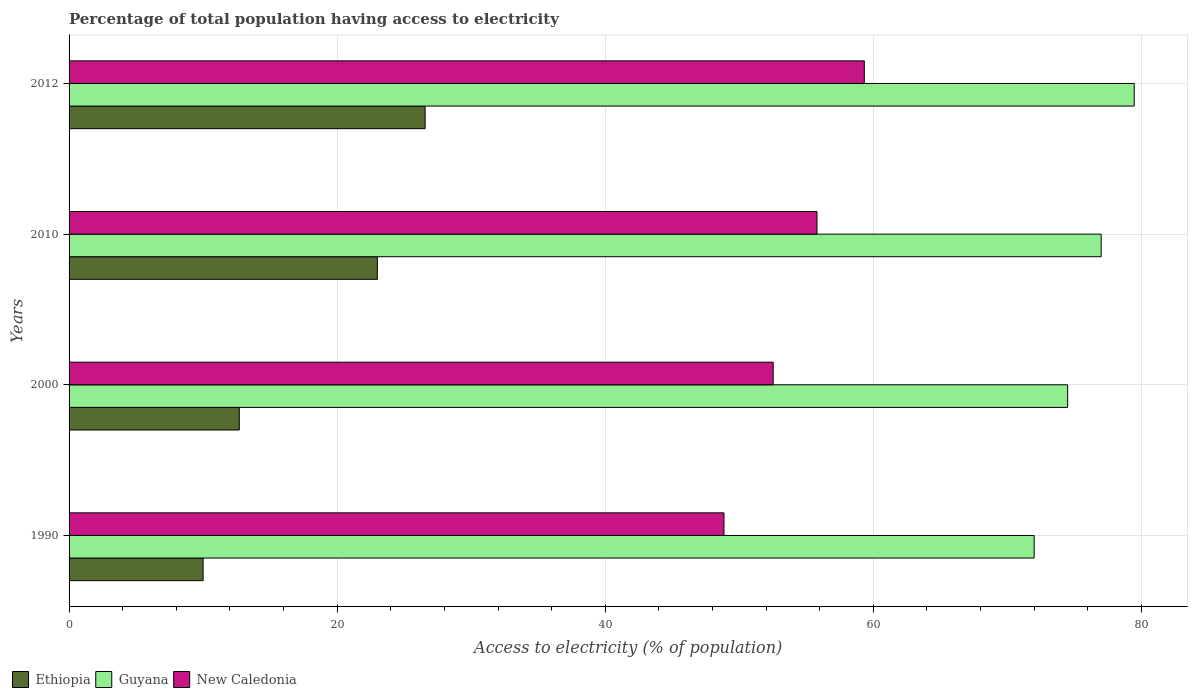
| Years | Ethiopia | Guyana | New Caledonia |
 | --- | --- | --- | --- |
 | 1990 | 10 | 72 | 48.9 |
 | 2000 | 12.7 | 74.5 | 52.5 |
 | 2010 | 23 | 77 | 55.8 |
 | 2012 | 26.6 | 79.5 | 59.3 |